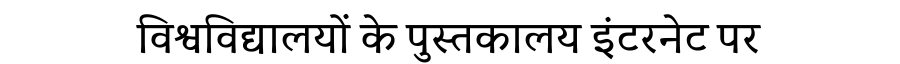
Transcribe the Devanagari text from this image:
विश्वविद्यालयों के पुस्तकालय इंटरनेट पर